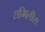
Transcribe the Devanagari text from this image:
रामिलीस